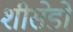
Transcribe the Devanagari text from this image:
शीसेडो